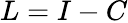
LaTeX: L=I-C